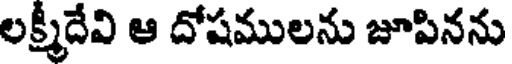
లక్ష్మీదేవి ఆ దోషములను జూపినను